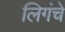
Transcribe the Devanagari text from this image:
लिगंचे